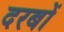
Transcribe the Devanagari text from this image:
दरबों